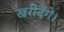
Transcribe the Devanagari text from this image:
खरीदेंगे।